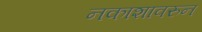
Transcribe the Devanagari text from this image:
नकाशावरुन